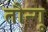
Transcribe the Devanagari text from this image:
तौन्गू